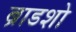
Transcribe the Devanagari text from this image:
ब्राडशो